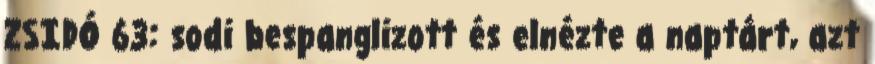
ZSIDÓ 63: sodi bespanglizott és elnézte a naptárt, azt